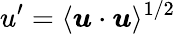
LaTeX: u^{\prime}=\langle\boldsymbol{u}\cdot\boldsymbol{u}\rangle^{1/2}